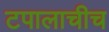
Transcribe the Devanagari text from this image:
टपालाचीच